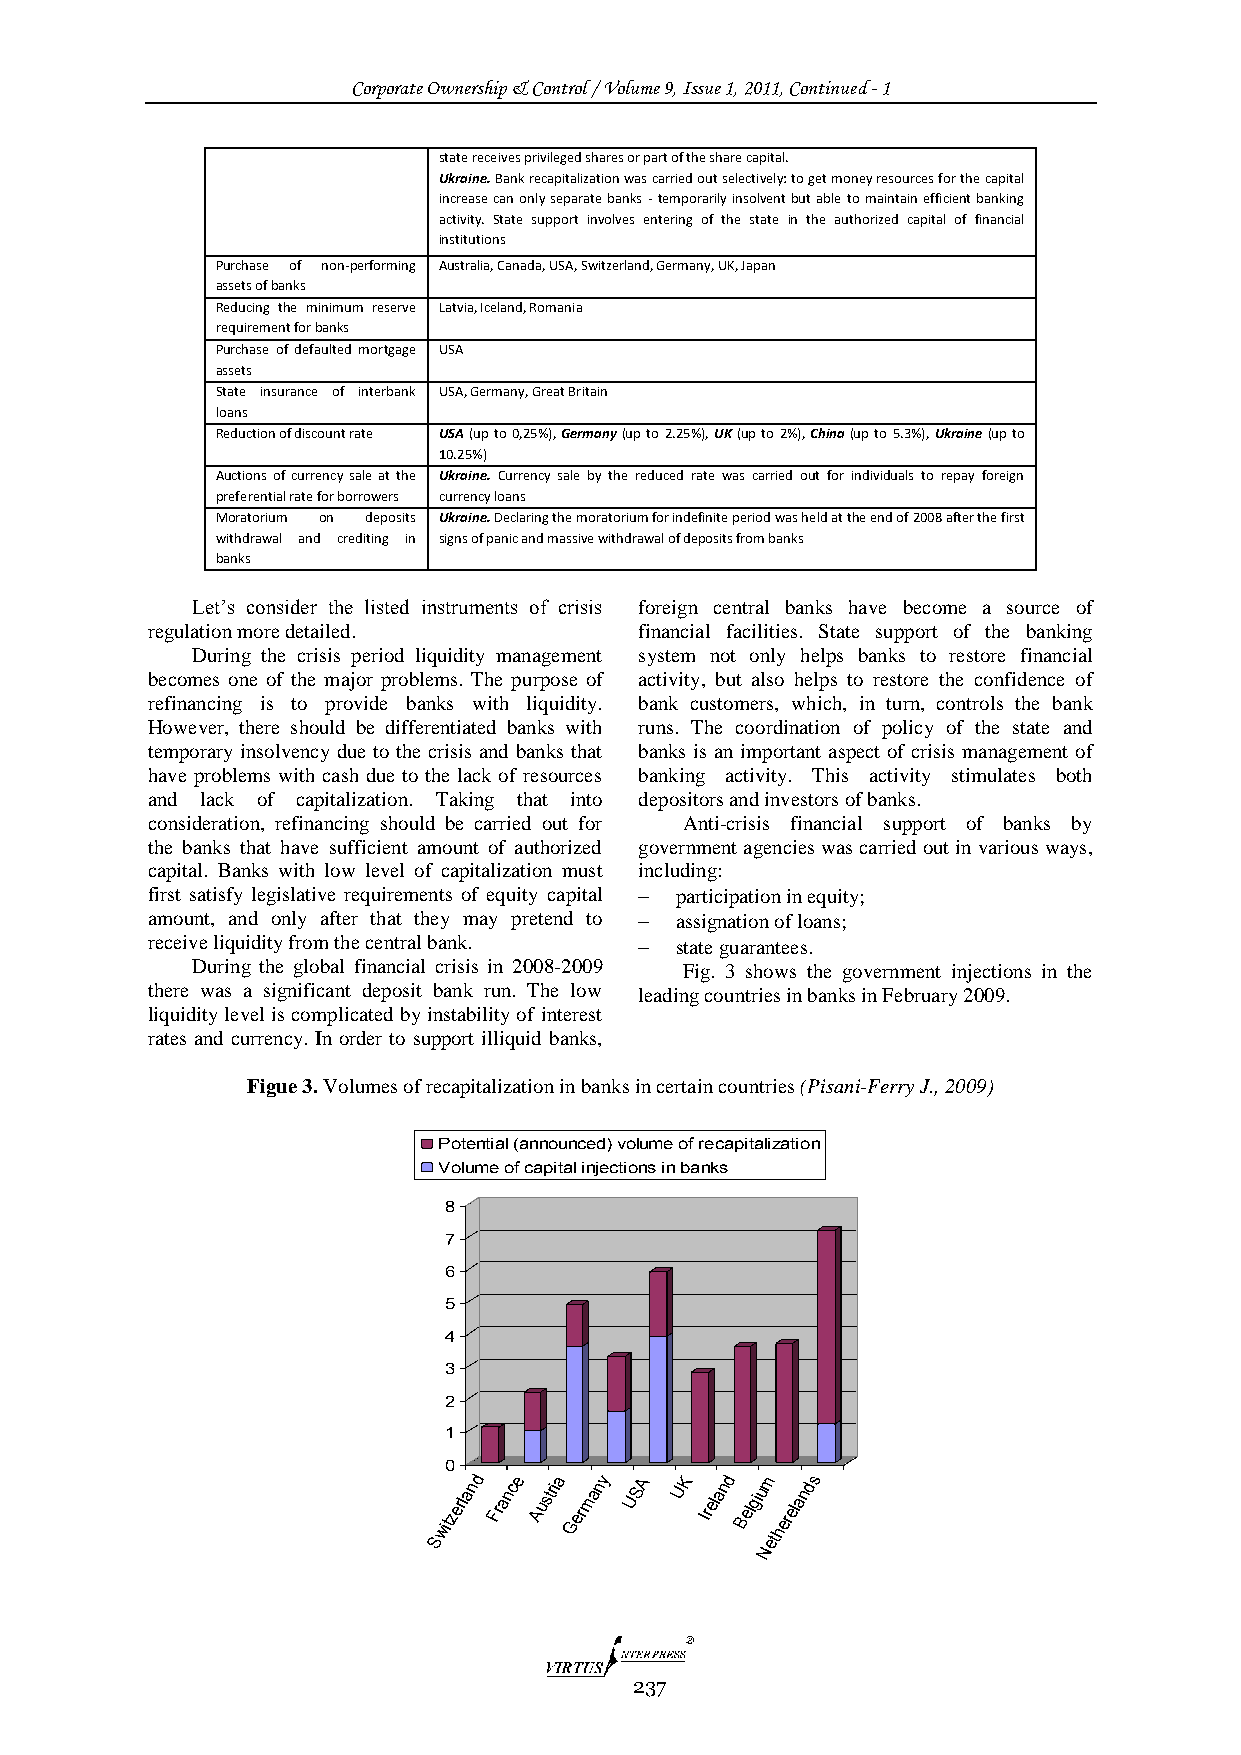
Corporate Ownership & Control / Volume 9, Issue 1, 2011, Continued - 1
 state receives privileged shares or part of the share capital.
 Ukraine. Bank recapitalization was carried out selectively: to get money resources for the capital
 increase can only separate banks - temporarily insolvent but able to maintain efficient banking
 activity. State support involves entering of the state in the authorized capital of financial
 institutions
 Purchase of non-performing Australia, Canada, USA, Switzerland, Germany, UK, Japan
 assets of banks
 Reducing the minimum reserve Latvia, Iceland, Romania
 requirement for banks
 Purchase of defaulted mortgage USA
 assets
 State insurance of interbank USA, Germany, Great Britain
 loans
 Reduction of discount rate USA (up to 0,25%), Germany (up to 2.25%), UK (up to 2%), China (up to 5.3%), Ukraine (up to
 10.25%)
 Auctions of currency sale at the Ukraine. Currency sale by the reduced rate was carried out for individuals to repay foreign
 preferential rate for borrowers currency loans
 Moratorium on deposits Ukraine. Declaring the moratorium for indefinite period was held at the end of 2008 after the first
 withdrawal and crediting in signs of panic and massive withdrawal of deposits from banks
 banks
 Let‟s consider the listed instruments of crisis foreign central banks have become a source of
 regulation more detailed.       financial facilities. State support of the banking
 During the crisis period liquidity management system not only helps banks to restore financial
 becomes one of the major problems. The purpose of activity, but also helps to restore the confidence of
 refinancing is to provide banks with liquidity. bank customers, which, in turn, controls the bank
 However, there should be differentiated banks with runs. The coordination of policy of the state and
 temporary insolvency due to the crisis and banks that banks is an important aspect of crisis management of
 have problems with cash due to the lack of resources banking activity. This activity stimulates both
 and lack of capitalization. Taking that into depositors and investors of banks.
 consideration, refinancing should be carried out for Anti-crisis financial support of banks by
 the banks that have sufficient amount of authorized government agencies was carried out in various ways,
 capital. Banks with low level of capitalization must including:
 first satisfy legislative requirements of equity capital  participation in equity;
 amount, and only after that they may pretend to  assignation of loans;
 receive liquidity from the central bank.  state guarantees.
 During the global financial crisis in 2008-2009 Fig. 3 shows the government injections in the
 there was a significant deposit bank run. The low leading countries in banks in February 2009.
 liquidity level is complicated by instability of interest
 rates and currency. In order to support illiquid banks,
 Figue 3. Volumes of recapitalization in banks in certain countries (Pisani-Ferry J., 2009)
 Potential (announced) volume of recapitalization
 Volume of capital injections in banks
 8
 7
 6
 5
 4
 3
 2
 1
 0
 witzerland France Austria Germany USA UK Ireland Belgium herelands
 S                      et
 N
 237